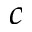
c